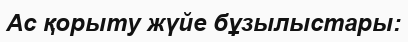
Ас қорыту жүйе бұзылыстары: